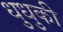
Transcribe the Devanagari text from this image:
धुधुकी